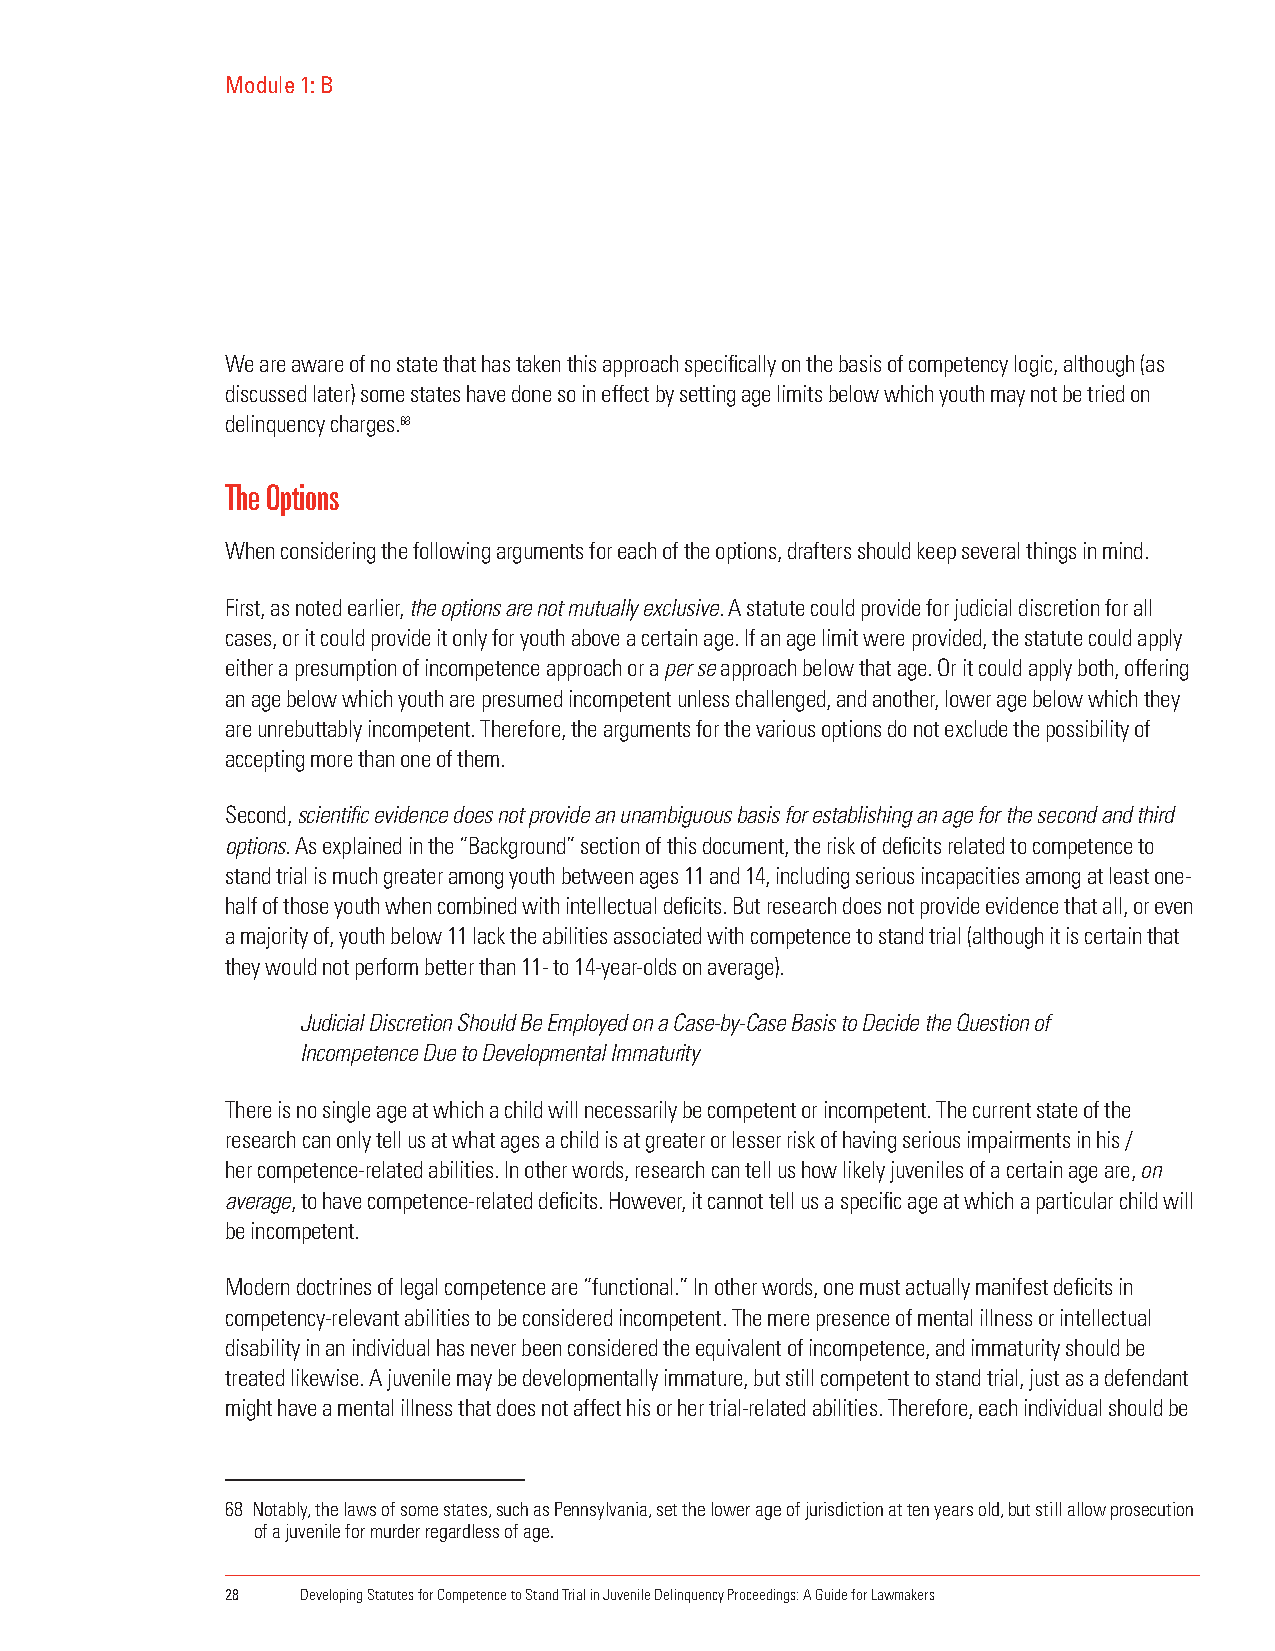
Module 1: B
 We are aware of no state that has taken this approach specifically on the basis of competency logic, although (as
 discussed later) some states have done so in effect by setting age limits below which youth may not be tried on
 delinquency charges.68
 The Options
 When considering the following arguments for each of the options, drafters should keep several things in mind.
 First, as noted earlier, the options are not mutually exclusive. A statute could provide for judicial discretion for all
 cases, or it could provide it only for youth above a certain age. If an age limit were provided, the statute could apply
 either a presumption of incompetence approach or a per se approach below that age. Or it could apply both, offering
 an age below which youth are presumed incompetent unless challenged, and another, lower age below which they
 are unrebuttably incompetent. Therefore, the arguments for the various options do not exclude the possibility of
 accepting more than one of them.
 Second, scientific evidence does not provide an unambiguous basis for establishing an age for the second and third
 options. As explained in the “Background” section of this document, the risk of deficits related to competence to
 stand trial is much greater among youth between ages 11 and 14, including serious incapacities among at least one-
 half of those youth when combined with intellectual deficits. But research does not provide evidence that all, or even
 a majority of, youth below 11 lack the abilities associated with competence to stand trial (although it is certain that
 they would not perform better than 11- to 14-year-olds on average).
 Judicial Discretion Should Be Employed on a Case-by-Case Basis to Decide the Question of
 Incompetence Due to Developmental Immaturity
 There is no single age at which a child will necessarily be competent or incompetent. The current state of the
 research can only tell us at what ages a child is at greater or lesser risk of having serious impairments in his /
 her competence-related abilities. In other words, research can tell us how likely juveniles of a certain age are, on
 average, to have competence-related deficits. However, it cannot tell us a specific age at which a particular child will
 be incompetent.
 Modern doctrines of legal competence are “functional.” In other words, one must actually manifest deficits in
 competency-relevant abilities to be considered incompetent. The mere presence of mental illness or intellectual
 disability in an individual has never been considered the equivalent of incompetence, and immaturity should be
 treated likewise. A juvenile may be developmentally immature, but still competent to stand trial, just as a defendant
 might have a mental illness that does not affect his or her trial-related abilities. Therefore, each individual should be
 68 Notably, the laws of some states, such as Pennsylvania, set the lower age of jurisdiction at ten years old, but still allow prosecution
 of a juvenile for murder regardless of age.
 28   Developing Statutes for Competence to Stand Trial in Juvenile Delinquency Proceedings: A Guide for Lawmakers